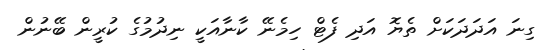
ގިނަ އަދަދަކަށް ތެޔޮ އަދި ފެޓް ހިމެނޭ ކާނާއަކީ ނިދުމުގެ ކުރީން ބޭނުން